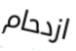
ازدحام